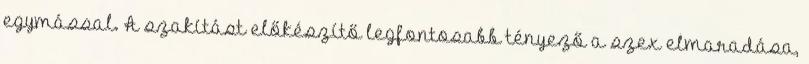
egymással. A szakítást előkészítő legfontosabb tényező a szex elmaradása,